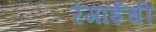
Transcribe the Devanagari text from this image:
रंगाईची